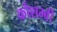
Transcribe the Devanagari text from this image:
कौशम्बी